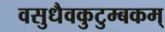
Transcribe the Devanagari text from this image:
वसुधैवकुटुम्बकम्